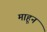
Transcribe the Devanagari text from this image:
माहून